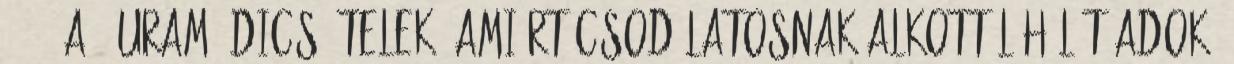
31,2-4a . Uram, dicsőítelek, amiért csodálatosnak alkottál Hálát adok,